Civil Veterinary Department. United Provinces 1923-31 - 1923-1931
Year: 1923
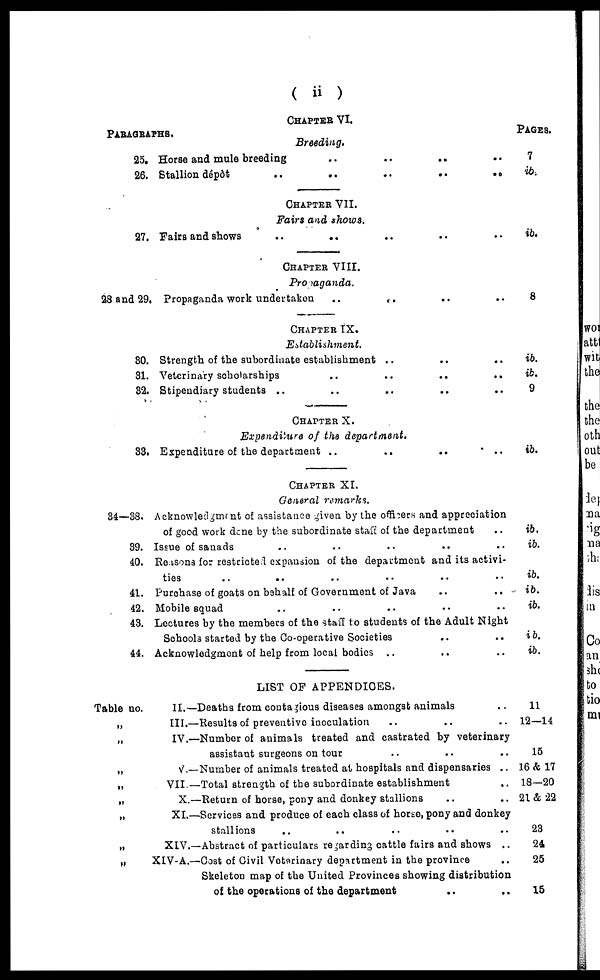
( ii )
PARAGRAPHS.
25.
26.
27.
28 and 29.
80.
81.
32.
83.
34—38.
39.
40.
41.
42.
43.
44.
Table no.
„
„
„
„
„
„
„
„
CHAPTER VI.
Breeding.
Horse and mule breeding .. .. .. ..
Stallion dépôt .. .. .. ..
CHAPTER VII.
Fairs and shows.
Fairs and shows .. .. .. .. ..
CHAPTER VIII.
Propaganda.
Propaganda work undertaken .. ..
CHAPTER IX.
Establishment.
Strength of the subordinate establishment .. .. ..
Veterinary scholarships .. .. .. ..
Stipendiary students .. .. ..
CHAPTER X.
Expenditure of the department.
Expenditure of the department .. ..
CHAPTER XI.
General remarks.
Acknowledgment of assistance given by the officers and appreciation
of good work done by the subordinate staff of the department ..
Issue of sanads .. ..
Reasons for restricted expansion of the department and it3 activi-
ties .. .. .. .. .. ..
Purchase of goats on bahalf of Government of Java .. ..
Mobile squad .. .. ..
Lectures by the members of the staff to students of the Adult Night
Schools started by the Co-operative Societies .. ..
Acknowledgment of help from local bodies .. .. ..
LIST OF APPENDICES.
II.—Deaths from contagious diseases amongst animals ..
III.—Results of preventive inoculation .. .. ..
IV.—Number of animals treated and castrated by veterinary
assistant surgeons on tour .. .. ..
V.—Number
of animals treated at hospitals and dispensaries ..
VII.—Total strength of the subordinate establishment ..
X.—Return of horse, pony and donkey stallions .. ..
XI.—Services and produce of each class of horse, pony and donkey
stallions .. .. .. .. ..
XIV.—Abstract of particulars regarding cattle fairs and shows ..
XIV-A.—Cost of Civil Veterinary department in the province ..
Skeleton map of the United Provinces showing distribution
of the operations of the department .. ..
PAGES.
7
ib.
ib.
8
ib.
ib.
9
ib.
ib.
ib.
ib.
ib.
ib.
ib.
ib.
11
12—14
15
16 & 17
18—20
21 & 22
23
24
25
15